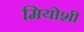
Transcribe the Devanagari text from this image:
मियोशी